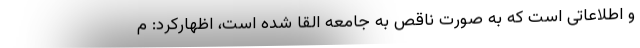
و اطلاعاتی است که به صورت ناقص به جامعه القا شده است، اظهارکرد: م